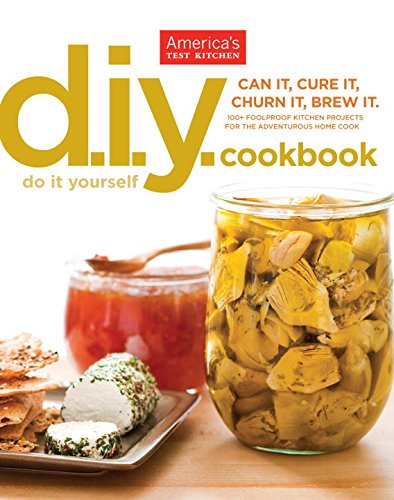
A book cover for Do-It-Yourself Cookbook; Cookbooks, Food & Wine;